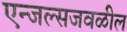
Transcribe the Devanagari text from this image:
एन्जल्सजवळील